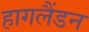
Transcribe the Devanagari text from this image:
हागलैंडन